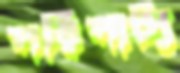
পরিপাট্য